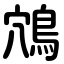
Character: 鴪